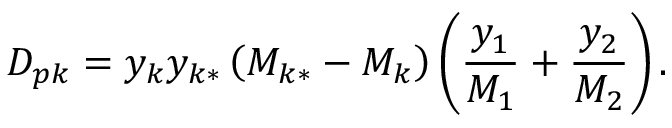
D _ { p k } = y _ { k } y _ { k * } \left( M _ { k * } - M _ { k } \right) \left( \frac { y _ { 1 } } { M _ { 1 } } + \frac { y _ { 2 } } { M _ { 2 } } \right) .